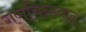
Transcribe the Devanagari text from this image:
गणचिन्हवाद